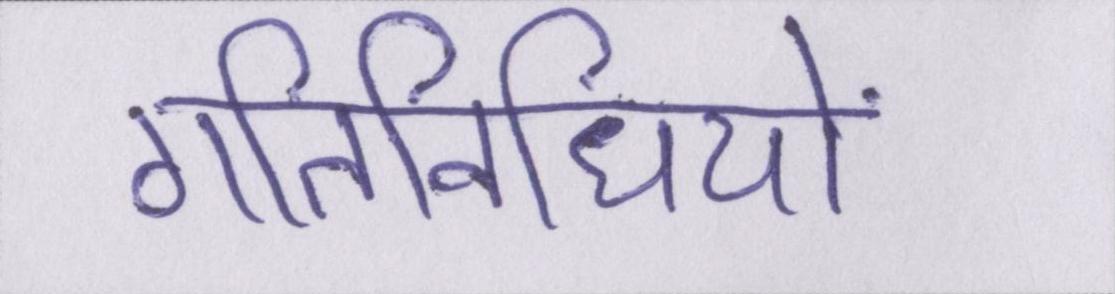
गतिविधियों